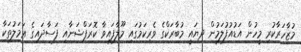
މުޒާހަރާކުރި މީހުން އަޑުއުފުލަމުން ދިޔައީ މުބާރަކްގެ ވެރިކަމުގައި މޫލާފައިވާ ކޮރަޕްޝަނާއި ފަސާދައިގެ ޢަމަލުތަކާ